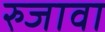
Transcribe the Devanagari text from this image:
रुजावा